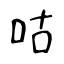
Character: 咕